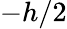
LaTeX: -h/2